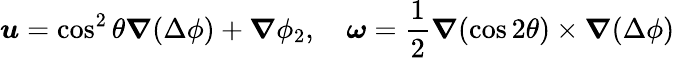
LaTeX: \boldsymbol{u}=\cos^{2}\theta\boldsymbol{\nabla}(\Delta\phi)+\boldsymbol{\nabla}\phi_{2},\quad\boldsymbol{\omega}=\frac{1}{2}\boldsymbol{\nabla}(\cos 2\theta)\times\boldsymbol{\nabla}(\Delta\phi)